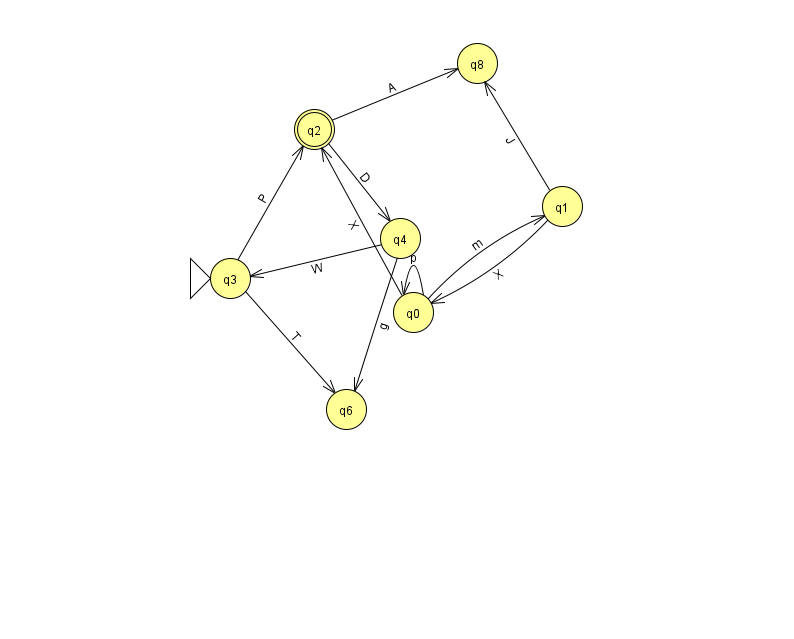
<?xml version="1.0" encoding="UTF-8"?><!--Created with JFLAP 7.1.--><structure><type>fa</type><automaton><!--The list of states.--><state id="0" name="q0"><x>413.0</x><y>299.0</y></state><state id="1" name="q1"><x>562.0</x><y>193.0</y></state><state id="2" name="q2"><x>314.0</x><y>116.0</y><final/></state><state id="3" name="q3"><x>230.0</x><y>265.0</y><initial/></state><state id="4" name="q4"><x>400.0</x><y>225.0</y></state><state id="6" name="q6"><x>346.0</x><y>396.0</y></state><state id="8" name="q8"><x>477.0</x><y>50.0</y></state><!--The list of transitions.--><transition><from>0</from><to>0</to><read>p</read></transition><transition><from>2</from><to>8</to><read>A</read></transition><transition><from>4</from><to>6</to><read>g</read></transition><transition><from>1</from><to>0</to><read>X</read></transition><transition><from>4</from><to>3</to><read>W</read></transition><transition><from>0</from><to>2</to><read>X</read></transition><transition><from>3</from><to>6</to><read>T</read></transition><transition><from>0</from><to>1</to><read>m</read></transition><transition><from>1</from><to>8</to><read>J</read></transition><transition><from>2</from><to>4</to><read>D</read></transition><transition><from>3</from><to>2</to><read>P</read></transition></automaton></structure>